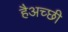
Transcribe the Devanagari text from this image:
हैअच्छी